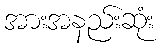
အားအနည်းဆုံး